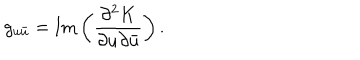
LaTeX: g _ { u \bar { u } } = \mathrm { I m } \left( \frac { \partial ^ { 2 } K } { \partial u \partial \bar { u } } \right) .